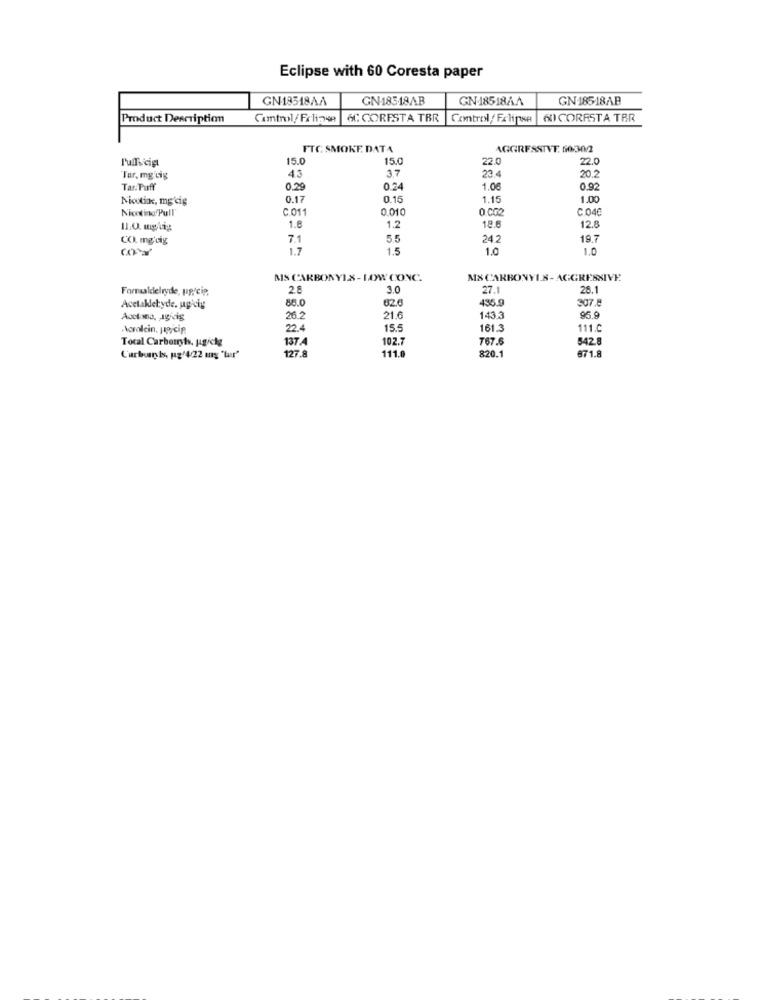
Eclipse with 60 Coresta paper
GN18518AA
GN18318AB
GN-18518AA
GN18518AB
Product Description
Comtrol/ Folien
6C CORESTA TBR
Control/ Fxlipse
60 CORRSTA TER
FTC SMOKE. DATA
AGGRESSIVT. 60-302
l'ufficio
15.0
15.0
22.0
22.0
3.7
23 4
20.2
Tar, mg'cig
43
Tar. Puff
0.29
0.24
1.06
0.92
Niootinx, mg cig
0.17
0.15
1.15
1.00
Nicotine Pull
C.011
0.010
o CCO
C.04
1.8
1.2
18.6
12.8
CO mg.Lig
7.1
5.5
24.2
19.7
1.7
1.5
1.0
1.0
MS CARBONYLS- LOW CONC.
M& CARBONYLS- AGGRESSIVE
Formaldehyde, pprcip
2.8
3.0
27.1
28.1
86.0
62.6
435.9
307.8
Acetakletyde. up'ciy
Aoct mna, Igicis
26.2
21.6
143.3
95.9
koralein. jejcip
22.4
15.5
161.3
111.C
Total Carbonyts, ugichg
137 4
102.7
767.6
542
111.0
871.8
Curborrsts, pg/4/22 mg 'lar'
127.8
820.1